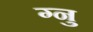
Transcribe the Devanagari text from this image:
ग्नु